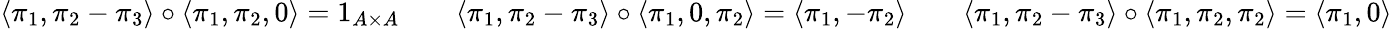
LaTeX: \begin{array}{rlrlr}{\langle\pi_{1},\pi_{2}-\pi_{3}\rangle\circ\langle\pi_{1},\pi_{2},0\rangle=1_{A\times A}}&{}&{\langle\pi_{1},\pi_{2}-\pi_{3}\rangle\circ\langle\pi_{1},0,\pi_{2}\rangle=\langle\pi_{1},-\pi_{2}\rangle}&{}&{\langle\pi_{1},\pi_{2}-\pi_{3}\rangle\circ\langle\pi_{1},\pi_{2},\pi_{2}\rangle=\langle\pi_{1},0\rangle}\end{array}